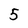
Character: 5